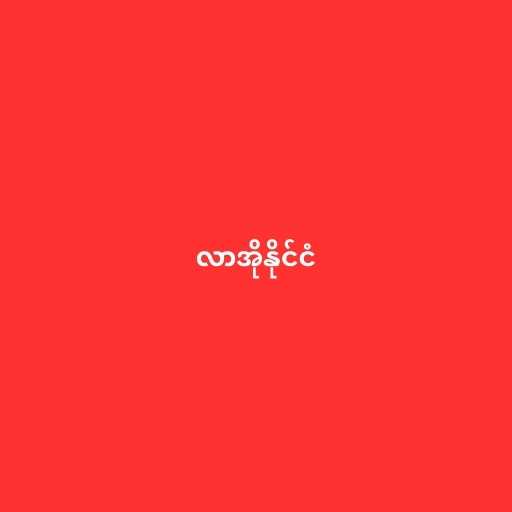
လာအိုနိုင်ငံ